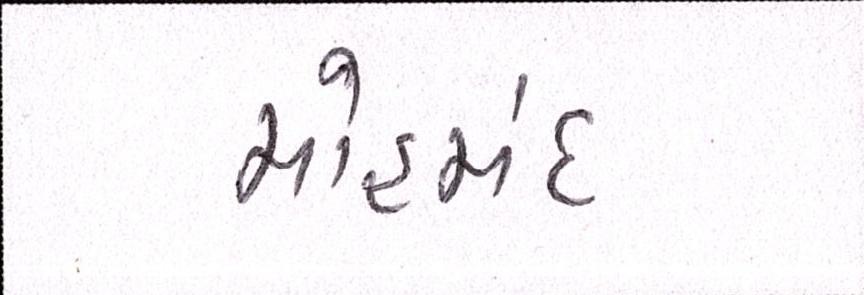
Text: મોહમંદ